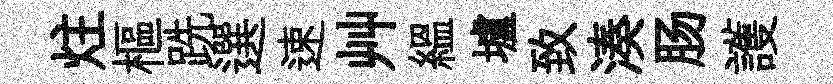
炷樞跣選速艸緼壚致湊肠護